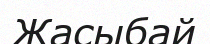
Жасыбай